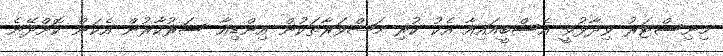
މިނިސްޓަރު ވިދާޅުވީ އެސްބީއައިއާ އެކު ކުރި މަޝްވަރާތަކުން އިންޑިއާ ސަރުކާރުން އެކަން ކޮށްދޭނެ